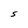
Character: S